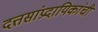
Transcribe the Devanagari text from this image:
दत्तसांप्रदायिकांची